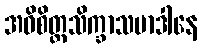
အဓိစိတ္တသိက္ခာသမာဒါနေ